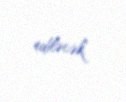
ediləcək.